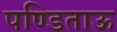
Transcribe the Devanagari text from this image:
पण्डिताऊ